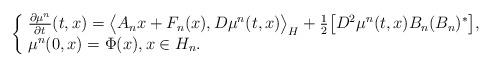
LaTeX: \begin{align*}\left\{ \! \begin{array}{lll} \frac{\partial \mu^n}{\partial t}(t,x) = \big\langle A_n x + F_n(x), D\mu^n(t,x) \big\rangle_H + \tfrac{1}{2} \big[D^2\mu^n(t,x) B_n (B_n)^{*} \big], \\ \mu^n (0,x) = \Phi(x), x \in H_n. \end{array}\right.\end{align*}